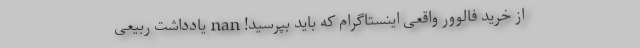
از خرید فالوور واقعی اینستاگرام که باید بپرسید! nan یادداشت ربیعی